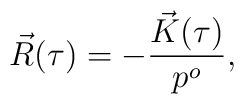
\vec{R}(\tau)=-\frac{\vec{K}(\tau)}{p^o},